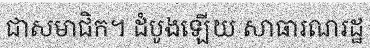
ជាសមាជិក។ ដំបូងឡើយ សាធារណរដ្ឋ